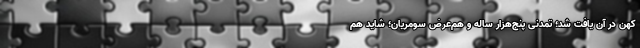
کهن در آن یافت شد؛ تمدنی پنج‌هزار ساله و هم‌عرض سومریان؛ شاید هم